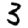
Digit: 3